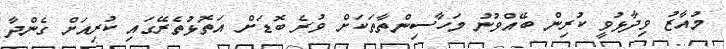
މުއާޒު ވިދާޅުވީ ކުރިން ބޭއްވުނު މަހާސިންތާތަކަށް ވުރެ ބޮޑަށް އަތޮޅުތެރޭގައި ކުރިއަށް ގެންދާ